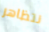
نتظاهر